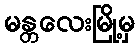
မန္တလေးမြို့မှ